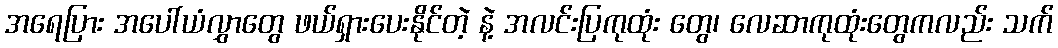
အရေပြား အပေါ်ယံလွှာတွေ ဖယ်ရှားပေးနိုင်တဲ့ နဲ့ အလင်းပြကုထုံး တွေ၊ လေဆာကုထုံးတွေကလည်း သက်